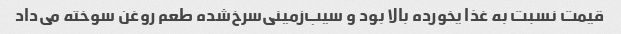
قیمت نسبت به غذا یخورده بالا بود و سیب‌زمینی‌سرخ‌شده طعم روغن سوخته می‌داد